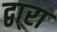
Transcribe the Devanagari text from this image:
द्वा्रा